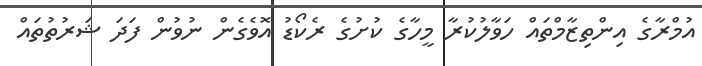
އުމްރާގެ އިންތިޒާމްތައް ހަވާލުކުރާ މީހާގެ ކުށުގެ ރެކޯޑު އޮވެގެން ނުވުން ފަދަ ޝަރުތުތައް